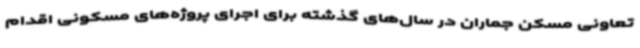
تعاونی مسکن جماران در سال‌های گذشته برای اجرای پروژه‌های مسکونی اقدام